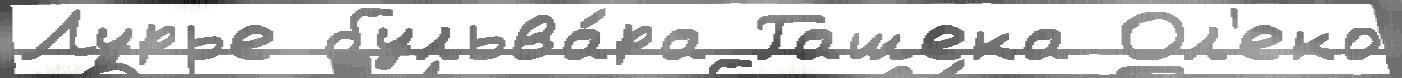
Лурье бульва́ра Гашека Ол'еко